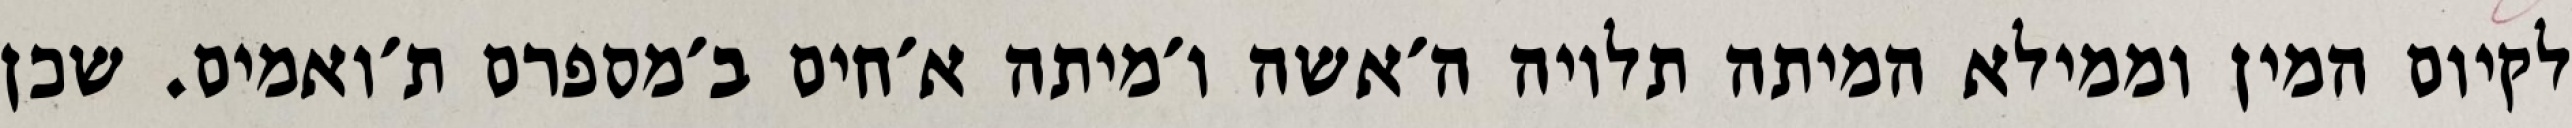
לקיום המין וממילא המיתה תלויה ה׳אשה ו׳מיתה א׳חים ב׳מספרם ת׳ואמים. שכן